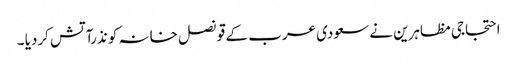
احتجاجی مظاہرین نے سعودی عرب کے قونصل خانہ کو نذرآتش کردیا ۔